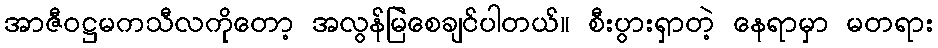
အာဇီဝဋ္ဌမကသီလကိုတော့ အလွန်မြဲစေချင်ပါတယ်။ စီးပွားရှာတဲ့ နေရာမှာ မတရား